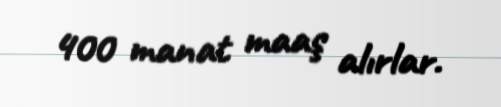
400 manat maaş alırlar.